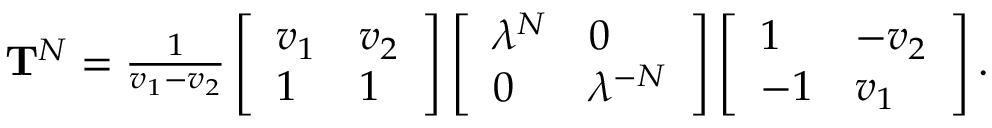
\begin{array} { r } { \mathbf { T } ^ { N } = \frac { 1 } { v _ { 1 } - v _ { 2 } } \left[ \begin{array} { l l } { v _ { 1 } } & { v _ { 2 } } \\ { 1 } & { 1 } \end{array} \right] \left[ \begin{array} { l l } { \lambda ^ { N } } & { 0 } \\ { 0 } & { \lambda ^ { - N } } \end{array} \right] \left[ \begin{array} { l l } { 1 } & { - v _ { 2 } } \\ { - 1 } & { v _ { 1 } } \end{array} \right] . } \end{array}